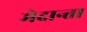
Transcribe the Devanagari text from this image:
मेदान्ता